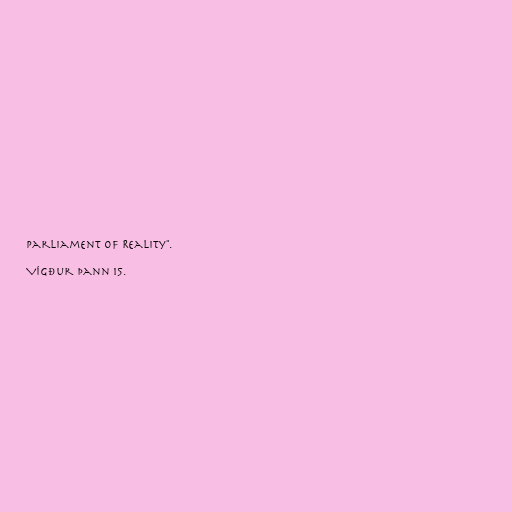
Parliament of Reality".

Vígður þann 15.